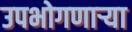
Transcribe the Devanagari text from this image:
उपभोगणार्‍या